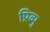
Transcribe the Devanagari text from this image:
प्रिव्यु